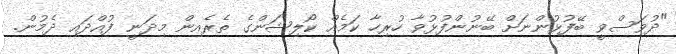
"ދުވަސްވީ ބޭފުޅުންނަށް ބޭނުންފުޅުވާ ހުރިހާ ކަމެއް ކޯލިޝަންގެ ތެރެއިން މިދަނީ ފުއްދައި ދެމުން.